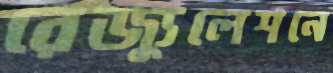
রেজ্যুলেশনে